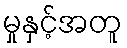
မှုနှင့်အတူ